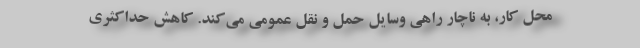
محل کار، به ناچار راهی وسایل حمل و نقل عمومی می‌کند. کاهش حداکثری